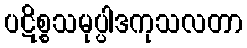
ပဋိစ္စသမုပ္ပါဒကုသလတာ